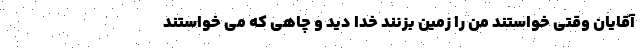
آقایان وقتی خواستند من را زمین بزنند خدا دید و چاهی که می خواستند